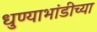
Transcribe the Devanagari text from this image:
धुण्याभांडीच्या